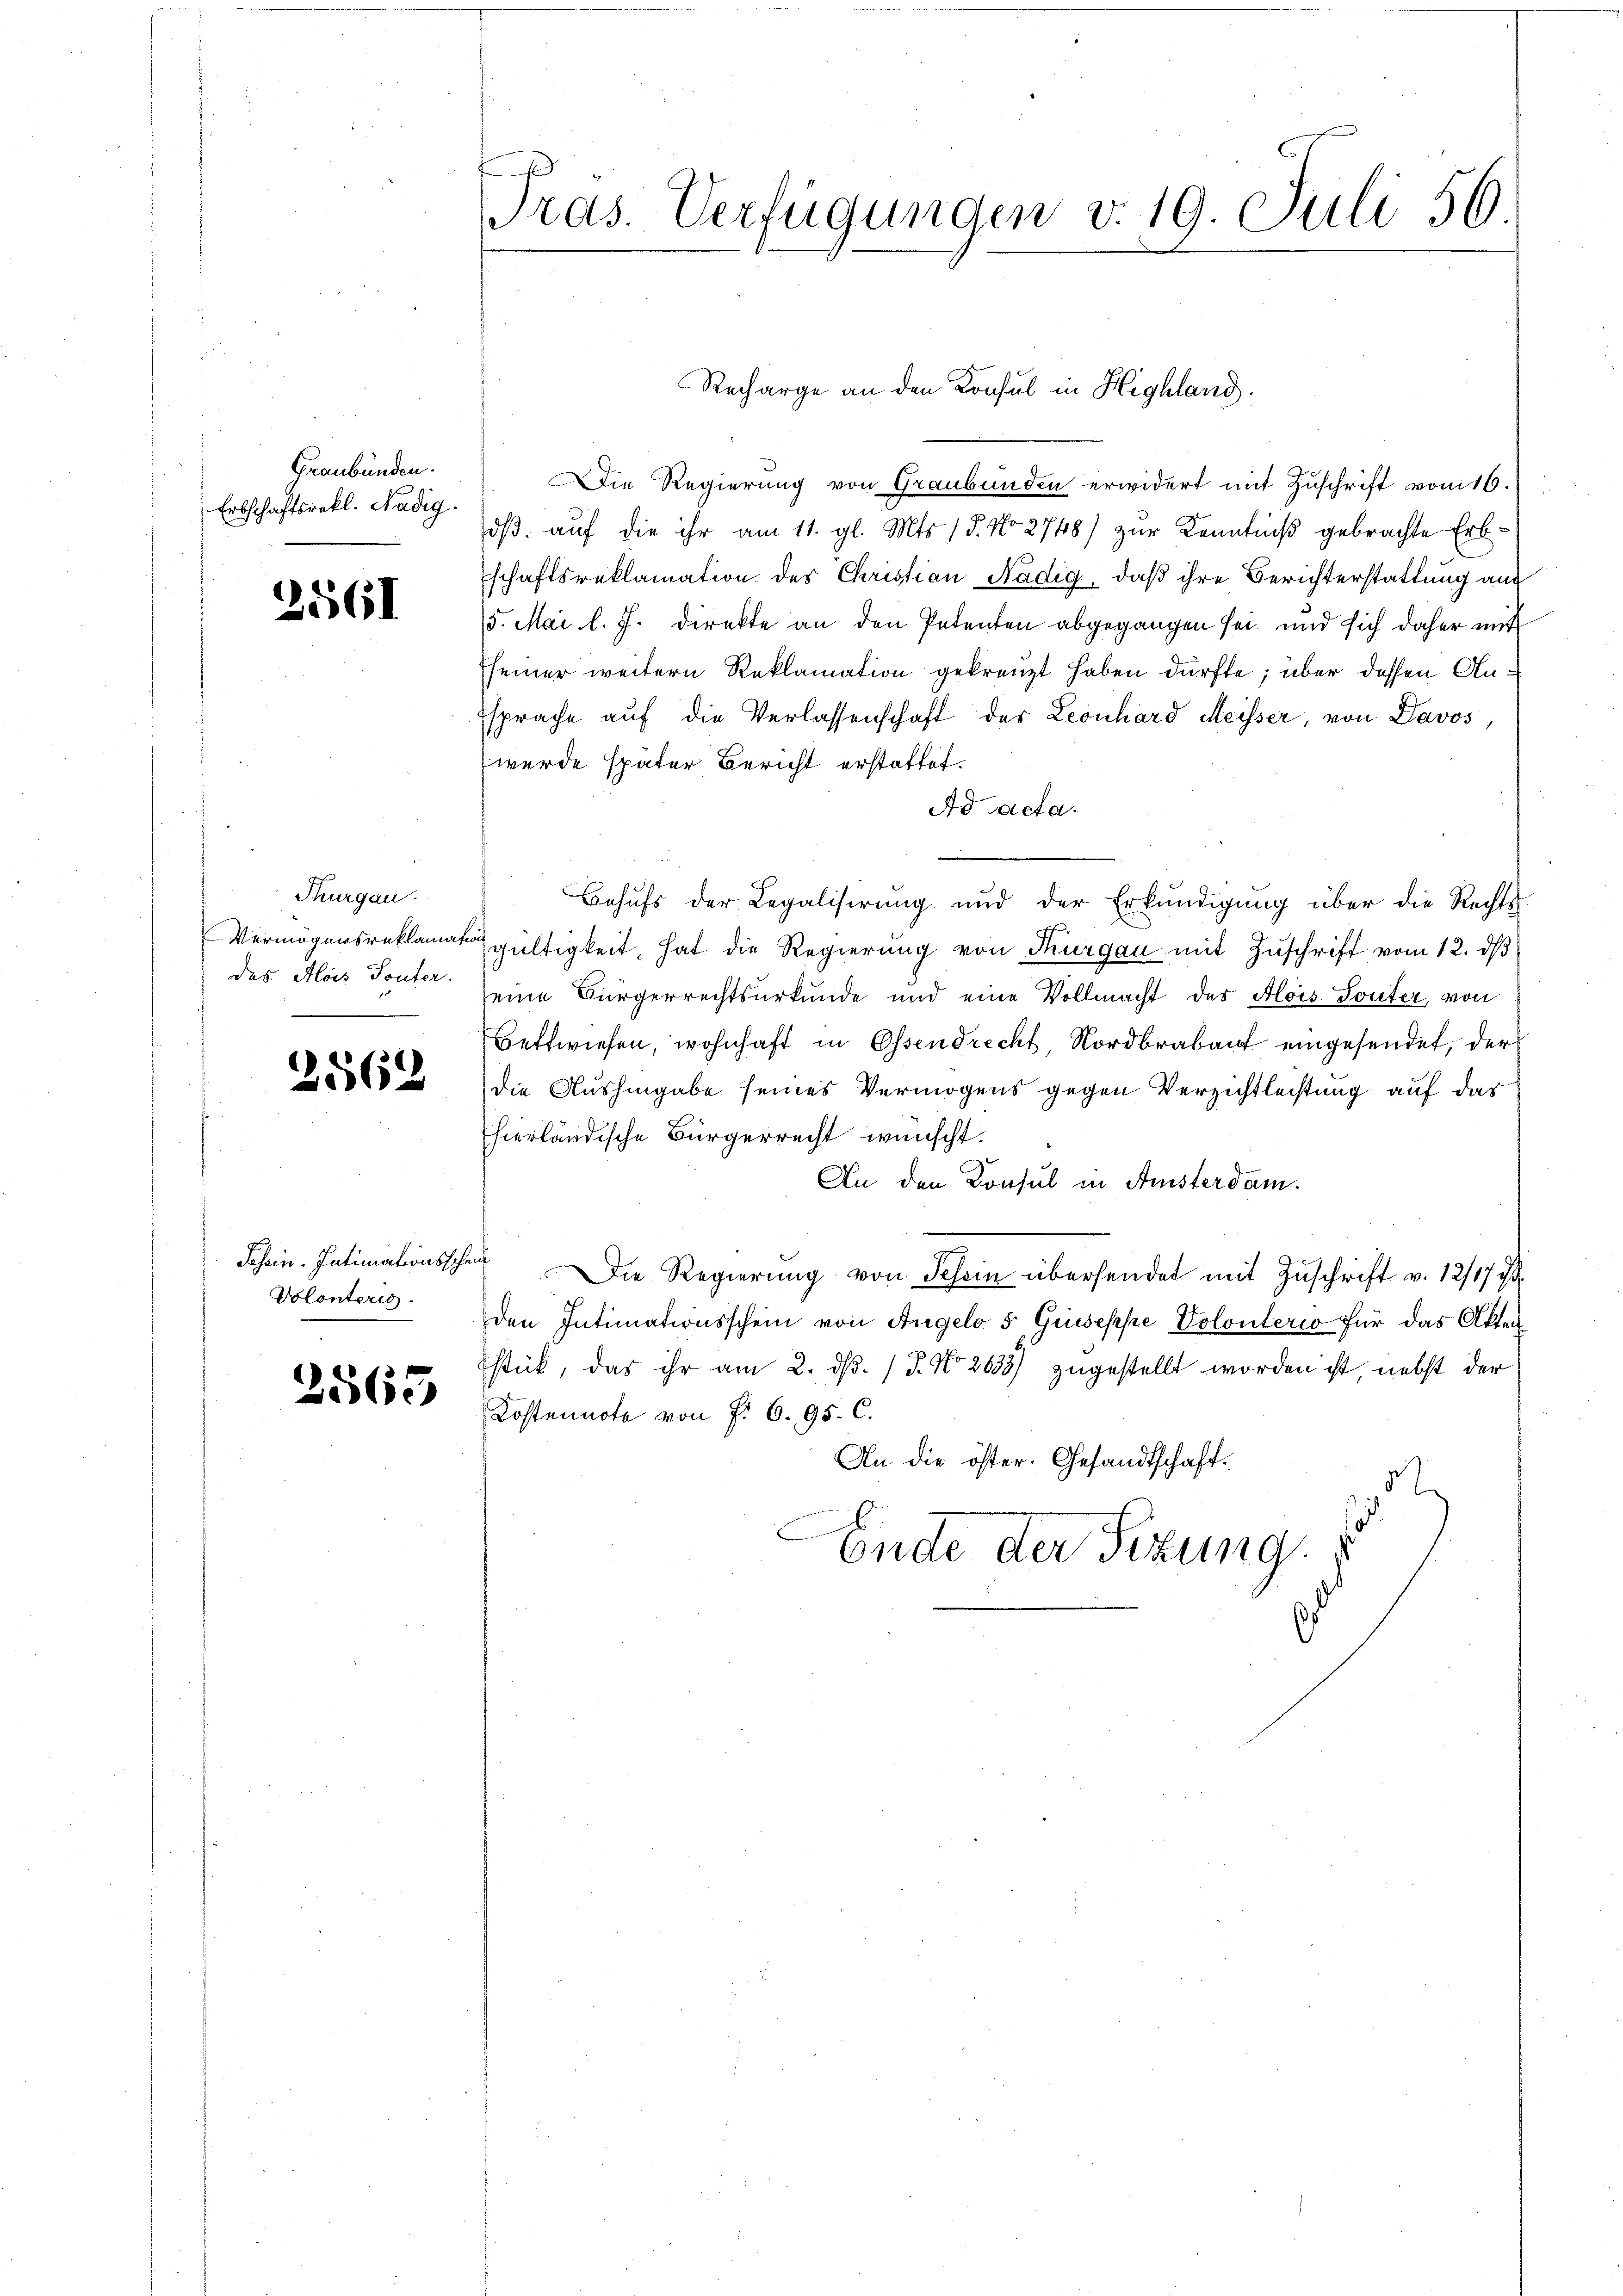
Graubünden.
Erbschaftsrekl. Nadig.

2561

Thurgau.
Das Alois Touter.

2562

Volonteris

2565

Pras. Verfügungen v. 19. Juli 56.

Die Regierung von Graubünden erwidert mit Zuschrift von 16.
dß auf die ihr am 11. gl. Mts. 15. No 2748) zur Kenntniß gebrachte Erbschaftsreklamation des Christian Nädig, daß ihre Berichterstattung aus
5. Mai l. J. direkte an den Petenten abgegangen sei, und sich daher mit
seiner weitern Reklamation gekreuzt haben dürfte; über dessen Ansprache auf die Verlassenschaft der Leonhard Meisser, von Davos,
wurde später Bericht erstattet.
Ad acta.
Behŭfs der Legalisierŭng und der Erkŭndigŭng über die Rechts-
Vermögensreklamation gültigkeit, hat die Regierung von Thurgau mit Zŭschrift vom 12. dβ
seine Bürgerrechtsurkunde und eine Vollmacht des Alois Touter, von
Bettwiesen, wohnhaft in Essendrecht, Nordbrabant eingesendet, der
die Aushingabe seines Vermögens gegen Verzichtleistung auf das
hierländische Bürgerrecht wünscht.
An den Konsul in Aristerdam.
Schein. Intimationsscher Die Regierŭng von Schein übersendet mit Zŭschrift v. 12/17 ist
den Intimationsschein von Angelo 5 Guseppe Volonterio für das Akten
stick, das ihr am 2. dβ. / 5. No 2633) zugestellt worden ist, nebst der
Kostennote von f. 6. 95. C.
An die öster. Gesandtschaft.
d
Ende der Sizung.

Recharge an den Konsul in Highland.